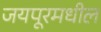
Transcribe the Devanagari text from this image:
जयपूरमधील